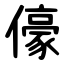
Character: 儫